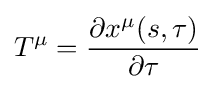
T^{\mu }={\frac {\partial x^{\mu }(s,\tau )}{\partial \tau }}